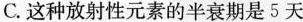
C.这种放射性元素的半衰期是5天